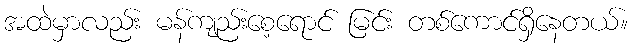
အထဲမှာလည်း မန်ကျည်းစေ့ရောင် မြင်း တစ်ကောင်ရှိနေတယ်။